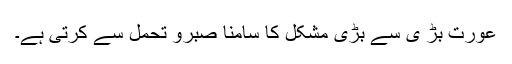
عورت بڑ ی سے بڑی مشکل کا سامنا صبرو تحمل سے کرتی ہے۔